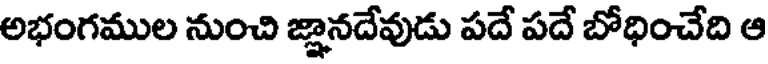
అభంగముల నుంచి జ్ఞానదేవుడు పదే పదే బోధించేది ఆ